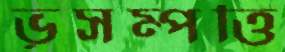
ভূসম্পত্তি